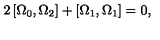
2 \left[ \Omega _ { 0 } , \Omega _ { 2 } \right] + \left[ \Omega _ { 1 } , \Omega _ { 1 } \right] = 0 ,